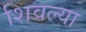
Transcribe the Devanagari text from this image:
शिवल्या